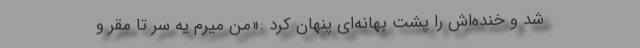
شد و خنده‌اش را پشت بهانه‌ای پنهان کرد :«من میرم یه سر تا مقرّ و